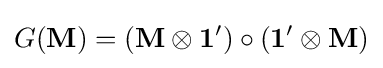
G(\mathbf {M} )=(\mathbf {M} \otimes \mathbf {1} ')\circ (\mathbf {1} '\otimes \mathbf {M} )